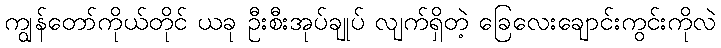
ကျွန်တော်ကိုယ်တိုင် ယခု ဦးစီးအုပ်ချုပ် လျက်ရှိတဲ့ ခြေလေးချောင်းကွင်းကိုလဲ